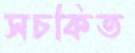
সচকিত